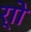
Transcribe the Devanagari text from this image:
र्‍ाो